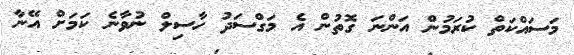
މަސައްކަތް ކުރަމުން އަންނަ ގޮތުން އެ މަގްސަދު ހާސިލް ނުވާނެ ކަމަށް އޭނާ